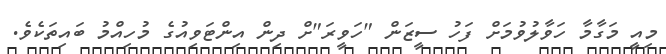
މިއީ މަގާމާ ހަވާލުވުމަށް ފަހު ސީޒަން "ހަވީރަ"ށް ދިން އިންޓަވިއުގެ މުހިއްމު ބައިތަކެވެ.